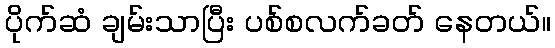
ပိုက်ဆံ ချမ်းသာပြီး ပစ်စလက်ခတ် နေတယ်။